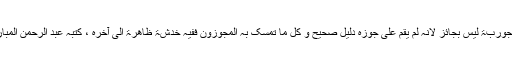
الجواب: المسح علی الجوربۃ لیس بجائز لانہ لم یقم علی جوزہ دلیل صحیح و کل ما تمسک بہ المجوزون ففیہ خدشۃ ظاھرۃ الی آخرہ ، کتبہ عبد الرحمن المبارکفوری عفا اللہ عنہ۔